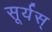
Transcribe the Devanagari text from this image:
सूर्यस्